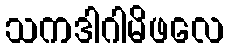
သကဒါဂါမိဖလေ